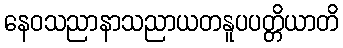
နေဝသညာနာသညာယတနူပပတ္တိယာတိ